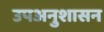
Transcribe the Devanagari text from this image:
उपअनुशासन